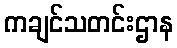
ကချင်သတင်းဌာန